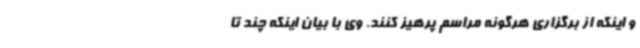
و اینکه از برگزاری هرگونه مراسم پرهیز کنند. وی با بیان اینکه چند تا